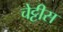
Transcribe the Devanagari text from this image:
चेट्टीस